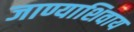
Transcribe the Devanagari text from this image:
जाण्याशिवाय